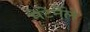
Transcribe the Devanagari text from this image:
मेटेर्नेले